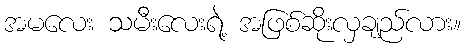
အမလေး သမီးလေးရဲ့ အဖြစ်ဆိုးလှချည်လား။